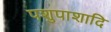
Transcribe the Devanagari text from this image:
पशुपाशादि